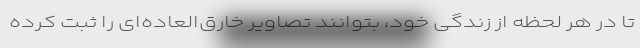
تا در هر لحظه از زندگی خود، بتوانند تصاویر خارق‌العاده‌ای را ثبت کرده